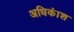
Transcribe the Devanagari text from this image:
अधिकंाश